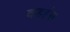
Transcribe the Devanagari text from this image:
वडहंस